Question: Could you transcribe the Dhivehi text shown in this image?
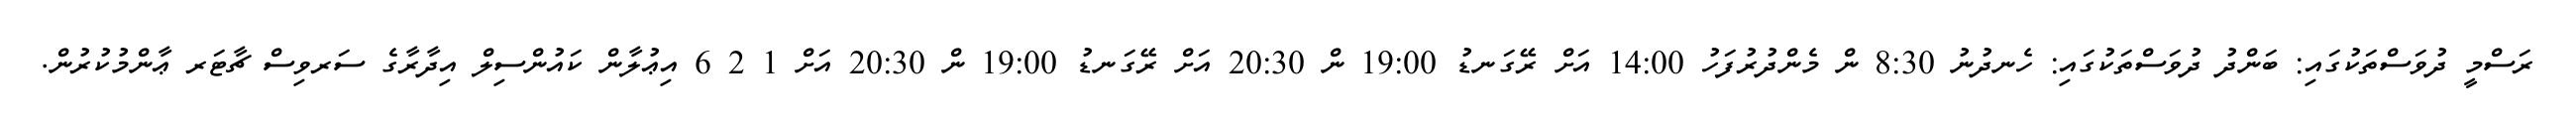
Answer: ރަސްމީ ދުވަސްތަކުގައި: ބަންދު ދުވަސްތަކުގައި: ހެނދުނު 8:30 ން މެންދުރުފަހު 14:00 އަށް ރޭގަނޑު 19:00 ން 20:30 އަށް ރޭގަނޑު 19:00 ން 20:30 އަށް 1 2 6 އިޢުލާން ކައުންސިލް އިދާރާގެ ސަރވިސް ޗާޓަރ ޢާންމުކުރުން.